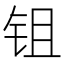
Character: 𬬺